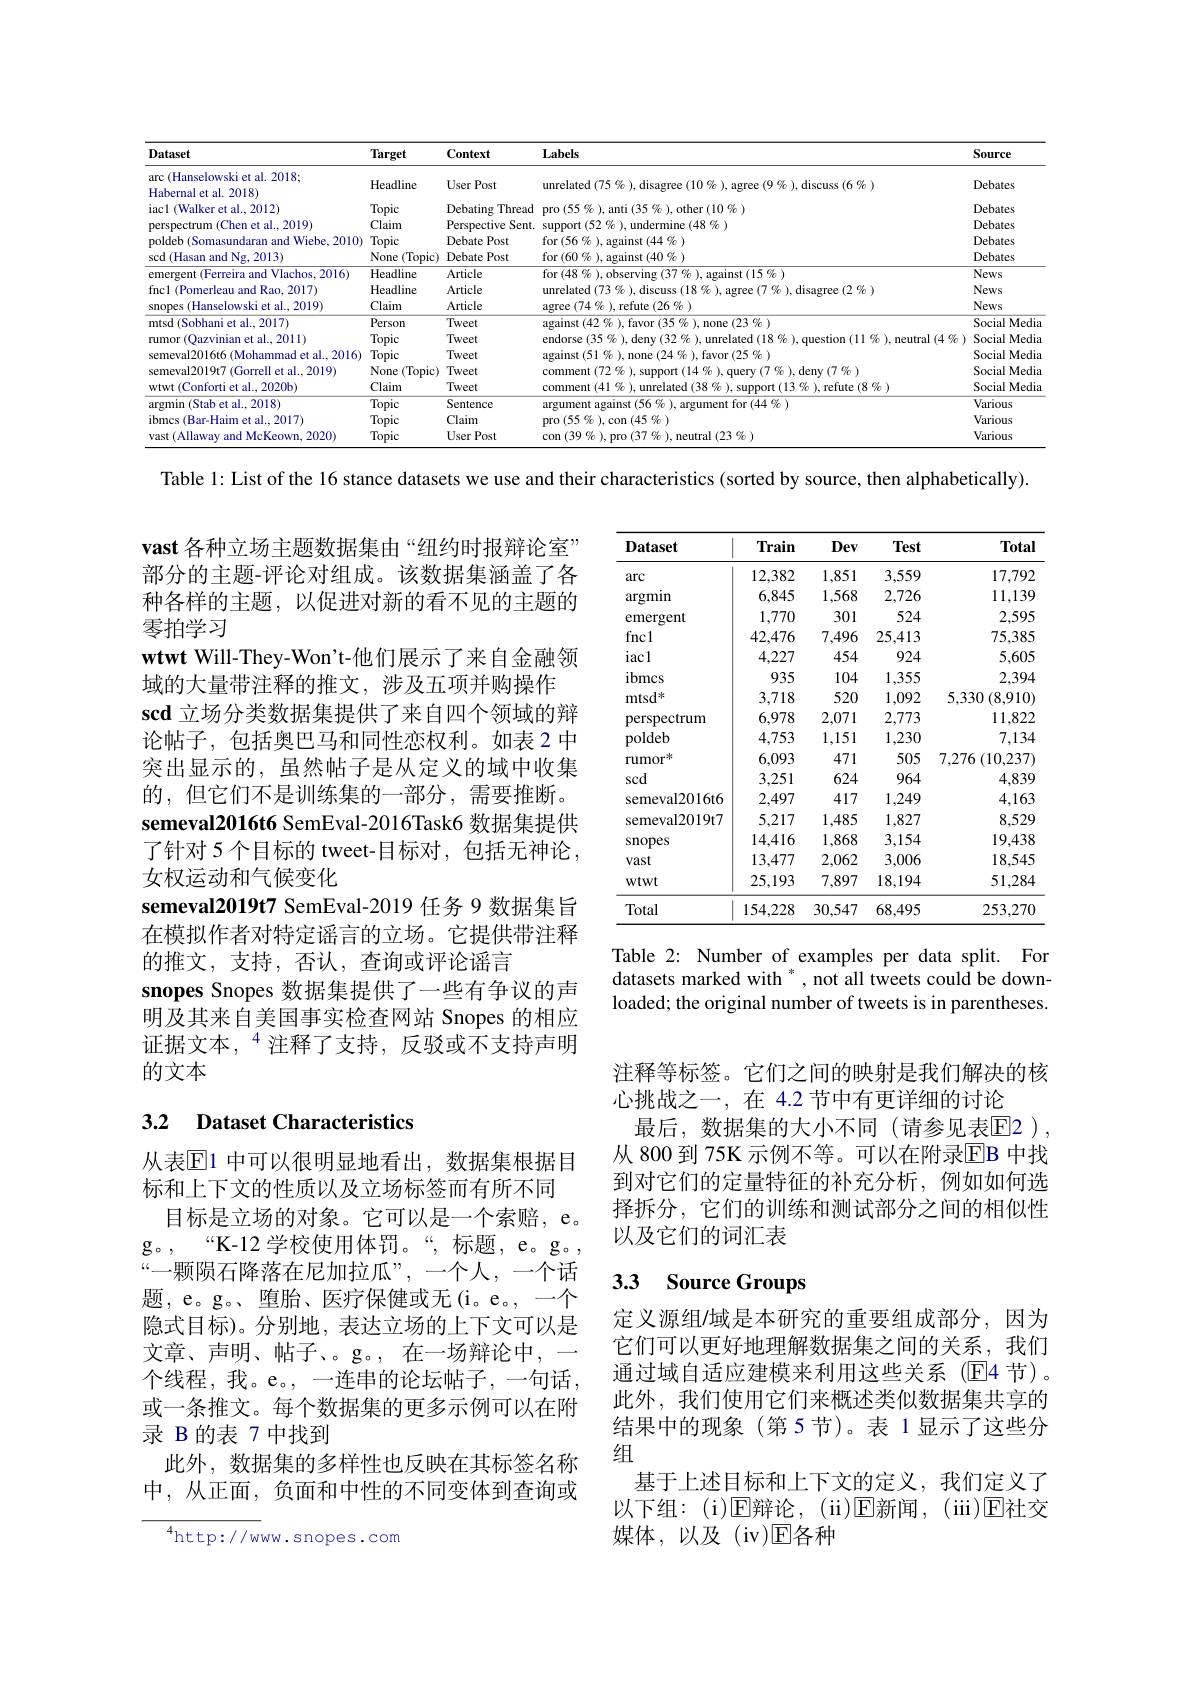
<table>
	<tbody>
		<tr>
			<th>Dataset</th>
			<th>Target</th>
			<th>Context</th>
			<th>Labels</th>
			<th>Source</th>
		</tr>
		<tr>
			<td>arc (Hanselowski et al. 2018;</td>
			<td> </td>
			<td> </td>
			<td> </td>
			<td> </td>
		</tr>
		<tr>
			<td>arc 1 (Hanselowski et al. 2018; Habernal et al. 2018)</td>
			<td>Headline</td>
			<td>User Post</td>
			<td>unrelated $(75\%)$,disagree $(10\%)$, agree $(9\%)$, discuss $(6\%)$</td>
			<td>Debates</td>
		</tr>
		<tr>
			<td>Habernal et al. 2018</td>
			<td>Headime</td>
			<td>USer POSL</td>
			<td> </td>
			<td>Debares</td>
		</tr>
		<tr>
			<td>iac1 (Walker et al., 2012)</td>
			<td>Topic</td>
			<td>Debating Thread</td>
			<td>155 0 $i/35$ W other$\left ( 10\:\% \right )$</td>
			<td>Debates</td>
		</tr>
		<tr>
			<td>(Chen et al..2019) perspectrum</td>
			<td>Claim</td>
			<td>Perspective $:Sent$</td>
			<td>nr da rmine $(48\%)$</td>
			<td>Debates</td>
		</tr>
		<tr>
			<td>poldeb (Somasundaran and Wiebe, 2010)</td>
			<td>Topic</td>
			<td>Debate Post</td>
			<td>for$(56\%)$,against$(44\%)$</td>
			<td>Debates</td>
		</tr>
		<tr>
			<td>scd (Hasan and Ng, 2013)</td>
			<td>None (Topic)</td>
			<td>Debate Post</td>
			<td>for $(60\%)$,against $(40\%)$</td>
			<td>Debates</td>
		</tr>
		<tr>
			<td>emergent (Ferreira and Vlachos, 2016)</td>
			<td>Headline</td>
			<td>Articles $a$</td>
			<td>for(48 $\overline{{\text{against(15 }\%}}$</td>
			<td>News</td>
		</tr>
		<tr>
			<td>fnc1 (Pomerleau and Rao, 2017)</td>
			<td>Headline</td>
			<td>Article</td>
			<td>inrelated $7k$ $disagrpe(7d_{n}$</td>
			<td>News</td>
		</tr>
		<tr>
			<td>snopes (Hanselowski et al., 2019)</td>
			<td>Claim</td>
			<td>Articles $a$</td>
			<td>agree $( 74\% ) $,refute $(26\%)$</td>
			<td>News</td>
		</tr>
		<tr>
			<td>mtsd (Sobhani et al., 2017)</td>
			<td>Person</td>
			<td>Tweet</td>
			<td>against $(A)$ cr farm $\angle25\angle CD$ 0.none$(23\%)$</td>
			<td>Social $\textbf{l Mediz}$ 1</td>
		</tr>
		<tr>
			<td>rumor (Qazvinian et al.,2011)</td>
			<td>Topic</td>
			<td>Tweet</td>
			<td>ndorse ( 35 $u_{n}$ setian $(11u_{n}$ $nputral/Ag$</td>
			<td>Social T Media</td>
		</tr>
		<tr>
			<td>semeval2016t6 (Mohammad et al., 2016)</td>
			<td>Topic</td>
			<td>Tweet</td>
			<td>$\cdot/51$ 100 $\operatorname{favor}(25\%)$</td>
			<td>Social $\textbf{l Mediz}$ 1</td>
		</tr>
		<tr>
			<td>semeval2019t7 (Gorrell et al..2019)</td>
			<td>None (Topic)</td>
			<td>Tweet</td>
			<td>Mmmant CT donv $donv/7$ Ca</td>
			<td>Social $\textbf{l Media}$ 1</td>
		</tr>
		<tr>
			<td>wtwt (Conforti et al..2020b</td>
			<td>Claim</td>
			<td>Tweet</td>
			<td>nrolatod/38 1 refinte $(X_{\mathrm{~}}^{\mathrm{~}}y_{\mathrm{~}}$</td>
			<td>Social $\textbf{l Media}$ 1</td>
		</tr>
		<tr>
			<td>argmin (Stab et al., 2018)</td>
			<td>Topic</td>
			<td>Sentence</td>
			<td>argument a gument for ( 44$\%$ ) </td>
			<td>Various</td>
		</tr>
		<tr>
			<td>ibmcs (Bar-Haim et al., 2017)</td>
			<td>Topic</td>
			<td>Claim</td>
			<td>$\operatorname{pro}(55\%),\operatorname{con}(45\%)$</td>
			<td>Various</td>
		</tr>
		<tr>
			<td>vast (Allaway and McKeown, 2020)</td>
			<td>Topic</td>
			<td>User Post</td>
			<td>$ron/30c_{n}$ 1274 neutral $(23\%)$</td>
			<td>Various</td>
		</tr>
	</tbody>
</table>

Table 1: List of the 16 stance datasets we use and their characteristics (sorted by source, then alphabetically).

<table>
	<tbody>
		<tr>
			<th>Dataset</th>
			<th>Train</th>
			<th>Dev</th>
			<th>Test</th>
			<th>Total</th>
		</tr>
		<tr>
			<td>arc</td>
			<td>12,382</td>
			<td>1,851</td>
			<td>3,559</td>
			<td>17,792</td>
		</tr>
		<tr>
			<td>argmin</td>
			<td>6,845</td>
			<td>1,568</td>
			<td>2,726</td>
			<td>11,139</td>
		</tr>
		<tr>
			<td>emergent</td>
			<td>1,770</td>
			<td>301</td>
			<td>524</td>
			<td>2,595</td>
		</tr>
		<tr>
			<td>fncl</td>
			<td>42,476</td>
			<td>7,496</td>
			<td>25,413</td>
			<td>75,385</td>
		</tr>
		<tr>
			<td>iacl</td>
			<td>4,227</td>
			<td>454</td>
			<td>924</td>
			<td>5,605</td>
		</tr>
		<tr>
			<td>ibmcs</td>
			<td>935</td>
			<td>104</td>
			<td>1,355</td>
			<td>2,394</td>
		</tr>
		<tr>
			<td>mtsd米</td>
			<td>3,718</td>
			<td>520</td>
			<td>1,092</td>
			<td>5,330 (8,910)</td>
		</tr>
		<tr>
			<td>perspectrum</td>
			<td>6,978</td>
			<td>2,071</td>
			<td>2,773</td>
			<td>11,822</td>
		</tr>
		<tr>
			<td>poldeb</td>
			<td>4,753</td>
			<td>1,151</td>
			<td>1,230</td>
			<td>7,134</td>
		</tr>
		<tr>
			<td>rumor</td>
			<td>6,093</td>
			<td>471</td>
			<td>505</td>
			<td>7,276 $5\left(10,237\right)$</td>
		</tr>
		<tr>
			<td>$\sec$</td>
			<td>3,251</td>
			<td>624</td>
			<td>964</td>
			<td>4,839</td>
		</tr>
		<tr>
			<td>semeval2016t6</td>
			<td>2,497</td>
			<td>417</td>
			<td>1,249</td>
			<td>4,163</td>
		</tr>
		<tr>
			<td>semeval2019t7</td>
			<td>5,217</td>
			<td>1,485</td>
			<td>1,827</td>
			<td>8,529</td>
		</tr>
		<tr>
			<td>snopes</td>
			<td>14,416</td>
			<td>1,868</td>
			<td>3,154</td>
			<td>19,438</td>
		</tr>
		<tr>
			<td>vast</td>
			<td>13,477</td>
			<td>2,062</td>
			<td>3,006</td>
			<td>18,545</td>
		</tr>
		<tr>
			<td>wtwt</td>
			<td>25,193</td>
			<td>7,897</td>
			<td>18,194</td>
			<td>51,284</td>
		</tr>
		<tr>
			<td>Total</td>
			<td>154,228</td>
			<td>30,547</td>
			<td>68,495</td>
			<td>253.270</td>
		</tr>
	</tbody>
</table>

vast 各种立场主题数据集由“纽约时报辩论室” 部分的主题-评论对组成。该数据集涵盖了各种各样的主题，以促进对新的看不见的主题的零拍学习
wtwt Will-They-Won't-他们展示了来自金融领
域的大量带注释的推文，涉及五项并购操作
$\mathbf{scd}$立场分类数据集提供了来自四个领域的辩论帖子，包括奥巴马和同性恋权利。如表 2 中突出显示的，虽然帖子是从定义的域中收集的，但它们不是训练集的一部分，需要推断。semeval2016t6 SemEval-2016Task6 数据集提供了针对 5 个目标的 tweet-目标对，包括无神论， 女权运动和气候变化
semeval2019t7 SemEval-2019 任务 9 数据集旨在模拟作者对特定谣言的立场。它提供带注释的推文，支持，否认，查询或评论谣言
snopes Snopes 数据集提供了一些有争议的声明及其来自美国事实检查网站 Snopes 的相应证据文本，$^{4}$注释了支持，反驳或不支持声明的文本

Table 2: Number of examples per data split. Fon datasets marked with $^*$, not all tweets could be downloaded; the original number of tweets is in parentheses.

### 3.2 $\textbf{Dataset Characteristics}$

注释等标签。它们之间的映射是我们解决的核
心挑战之一，在 4.2 节中有更详细的讨论
最后，数据集的大小不同(请参见表$\overline{\mathrm{E}}$2), 从 800 到 75K 示例不等。可以在附录$\overline{\mathrm{EB}}$ 中找到对它们的定量特征的补充分析，例如如何选择拆分，它们的训练和测试部分之间的相似性以及它们的词汇表

## 3.3 Source Groups

从表$\mathbb{E}$1 中可以很明显地看出，数据集根据目
标和上下文的性质以及立场标签而有所不同
目标是立场的对象。它可以是一个索赔，e。g。,“K-12 学校使用体罚。“,标题，e。g。“一颗陨石降落在尼加拉瓜”,一个人，一个话题，e。g。、堕胎、医疗保健或无(i。e。,一个隐式目标)。分别地，表达立场的上下文可以是文章、声明、帖子、。g。,在一场辩论中，一个线程，我。e。,一连串的论坛帖子，一句话或一条推文。每个数据集的更多示例可以在附录 B 的表 7 中找到
此外，数据集的多样性也反映在其标签名称中，从正面，负面和中性的不同变体到查询或

定义源组/域是本研究的重要组成部分，因为它们可以更好地理解数据集之间的关系，我们通过域自适应建模来利用这些关系(E4 节)。此外，我们使用它们来概述类似数据集共享的结果中的现象(第5节)。表 1显示了这些分组
基于上述目标和上下文的定义，我们定义了以下组：(i)$\operatorname{E}$辩论，(ii)$\operatorname{E}$新闻，(iii)$\operatorname{E}$社交媒体，以及(iv)回各种

$^{4}$http://www.snopes.com